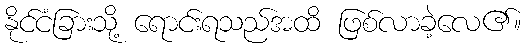
နိုင်ငံခြားသို့ ရောင်းရသည်အထိ ဖြစ်လာခဲ့လေ၏။